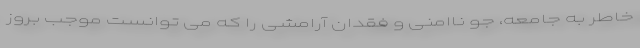
خاطر به جامعه، جو ناامنی و فقدان آرامشی را که می توانست موجب بروز